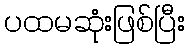
ပထမဆုံးဖြစ်ပြီး